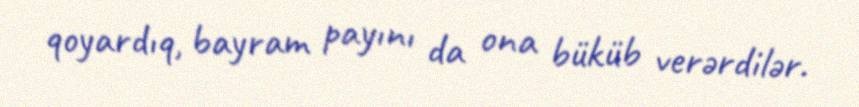
qoyardıq, bayram payını da ona büküb verərdilər.